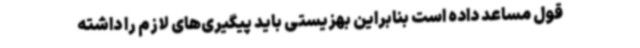
قول مساعد داده است بنابراین بهزیستی باید پیگیری‌های لازم را داشته